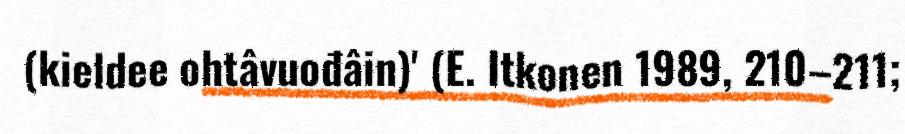
(kieldee ohtâvuođâin)' (E. Itkonen 1989, 210–211;